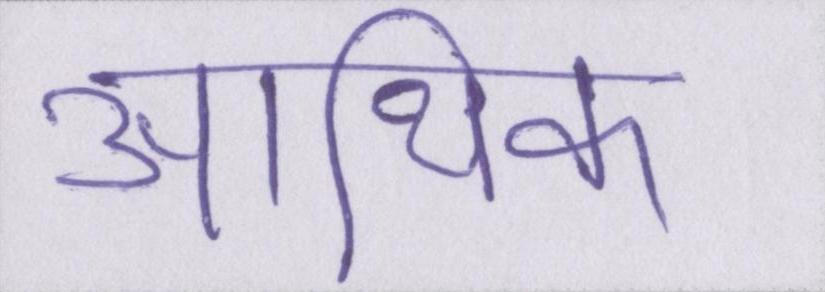
आथि॑क